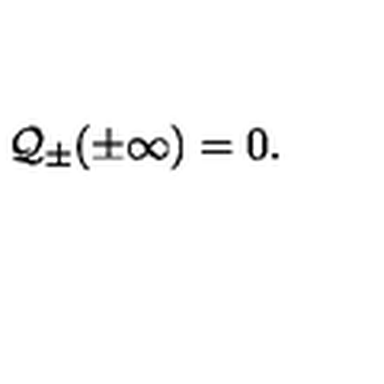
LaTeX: { \cal Q } _ { \pm } ( \pm \infty ) = 0 .